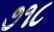
૭૧૮